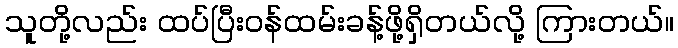
သူတို့လည်း ထပ်ပြီးဝန်ထမ်းခန့်ဖို့ရှိတယ်လို့ ကြားတယ်။